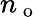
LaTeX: n_{\mathrm{~o~}}